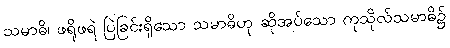
သမာဓိ၊ ဖရိုဖရဲ ပြဲခြင်းရှိသော သမာဓိဟု ဆိုအပ်သော ကုသိုလ်သမာဓိ၌